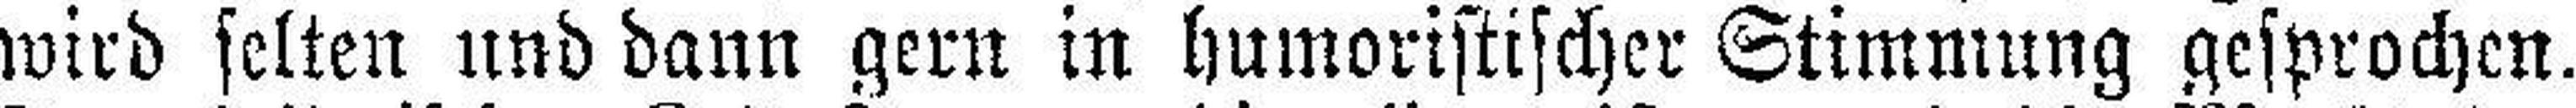
wird selten und dann gern in humoristischer Stimmung gesprochen.